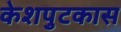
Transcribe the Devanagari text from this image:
केशपुटकास